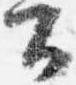
公